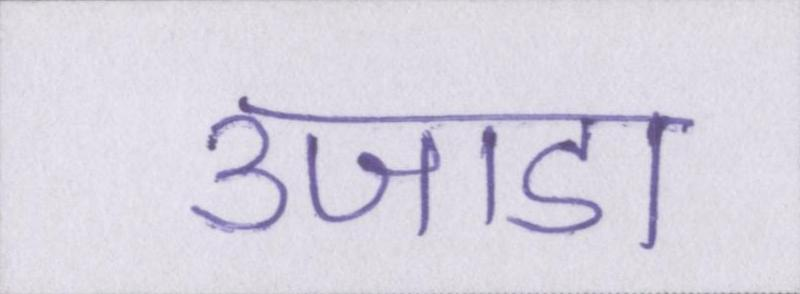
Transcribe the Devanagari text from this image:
उजाडा